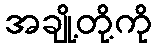
အချို့တို့ကို